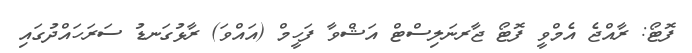
ފޮޓޯ: ރާއްޖެ އެމްވީ ފޮޓޯ ޖާރނަލިސްޓް އަޝްވާ ފަހީމް (އައްވަ) ރާޅުގަނޑު ސަރަހައްދުގައި